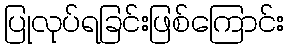
ပြုလုပ်ရခြင်းဖြစ်ကြောင်း